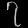
Digit: ၇